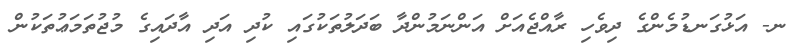
ނ- އަޅުގަނޑުމެންގެ ދިވެހި ރާއްޖެއަށް އަންނަމުންދާ ބަދަލުތަކުގައި ކުދި އަދި އާދައިގެ މުޖުތަމަޢުތަކުން